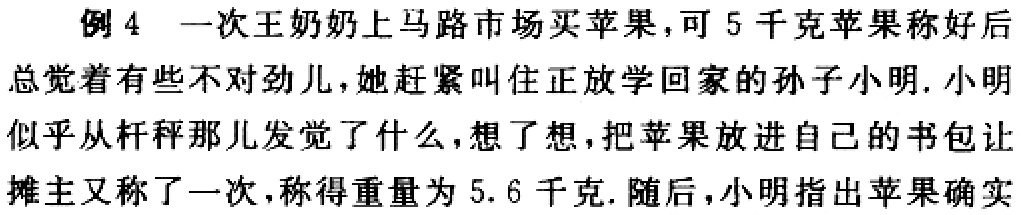
例 4 一次王奶奶上马路市场买苹果，可 5 千克苹果称好后总觉着有些不对劲儿，她赶紧叫住正放学回家的孙子小明. 小明似乎从杆秤那儿发觉了什么，想了想，把苹果放进自己的书包让摊主又称了一次，称得重量为 5.6 千克. 随后，小明指出苹果确实